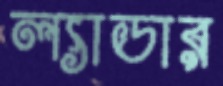
ল্যাডার